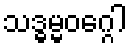
သဒ္ဓမ္မဝဂ္ဂေါ